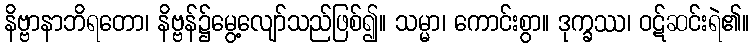
နိဗ္ဗာနာဘိရတော၊ နိဗ္ဗန်၌မွေ့လျော်သည်ဖြစ်၍။ သမ္မာ၊ ကောင်းစွာ။ ဒုက္ခဿ၊ ဝဋ်ဆင်းရဲ၏။